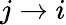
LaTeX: j\to i